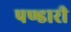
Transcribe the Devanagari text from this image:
पण्डारी